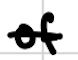
Text: of
Cross-out: single-line
Writing tool: digital_black